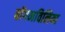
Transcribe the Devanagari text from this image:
बॉगनविलिया